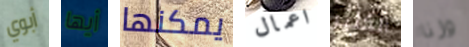
أبوي أيها يمكنها اعمال الكثير وزنا